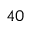
4 0